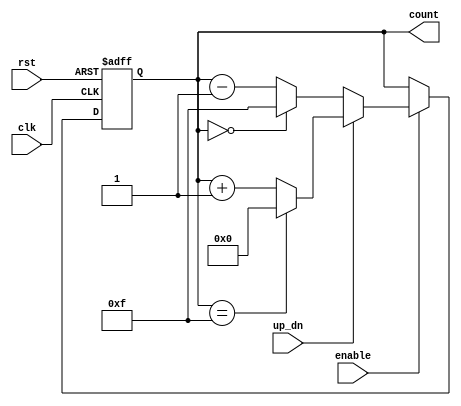
module up_down_counter (
    input wire clk,          // Clock signal
    input wire rst,          // Asynchronous reset signal
    input wire up_dn,        // Control signal for counting direction
    input wire enable,       // Enable signal for counting
    output reg [3:0] count   // 4-bit output for the current count value
);

    // Asynchronous reset and counting logic
    always @(posedge clk or posedge rst) begin
        if (rst) begin
            count <= 4'b0000; // Reset count to 0
        end else if (enable) begin
            if (up_dn) begin
                // Count up
                if (count == 4'b1111) begin
                    count <= 4'b0000; // Wrap around to 0
                end else begin
                    count <= count + 1; // Increment count
                end
            end else begin
                // Count down
                if (count == 4'b0000) begin
                    count <= 4'b1111; // Wrap around to max value
                end else begin
                    count <= count - 1; // Decrement count
                end
            end
        end
    end

endmodule